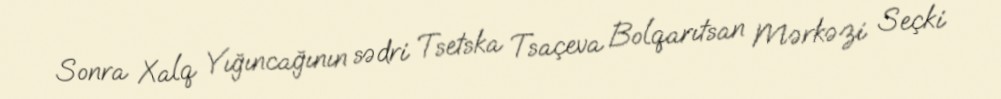
Sonra Xalq Yığıncağının sədri Tsetska Tsaçeva Bolqarıtsan Mərkəzi Seçki